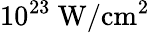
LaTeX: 10^{23}\ \mathrm{W/cm^{2}}